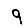
Digit: 9